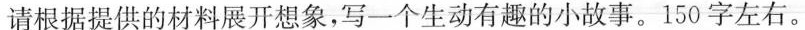
请根据提供的材料展开想象，写一个生动有趣的小故事。150字左右。